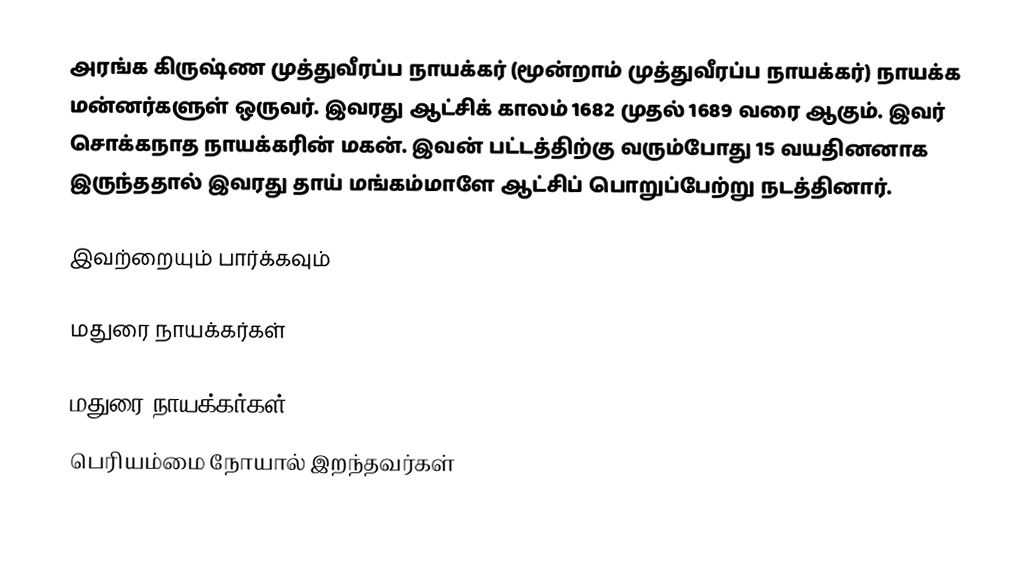
அரங்க கிருஷ்ண முத்துவீரப்ப நாயக்கர் (மூன்றாம் முத்துவீரப்ப நாயக்கர்) நாயக்க மன்னர்களுள் ஒருவர். இவரது ஆட்சிக் காலம் 1682 முதல் 1689 வரை ஆகும். இவர் சொக்கநாத நாயக்கரின் மகன். இவன் பட்டத்திற்கு வரும்போது 15 வயதினனாக இருந்ததால் இவரது தாய் மங்கம்மாளே ஆட்சிப் பொறுப்பேற்று நடத்தினார்.

இவற்றையும் பார்க்கவும்

 மதுரை நாயக்கர்கள்

மதுரை நாயக்கர்கள்
பெரியம்மை நோயால் இறந்தவர்கள்